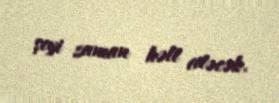
şeyi zaman həll edəcək.